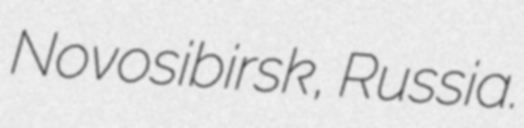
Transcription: Novosibirsk, Russia.